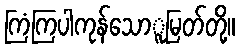
ကြံကြပါကုန်သောူမြတ်တို့။